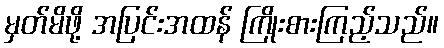
မှတ်မိဖို့ အပြင်းအထန် ကြိုးစားကြည့်သည်။